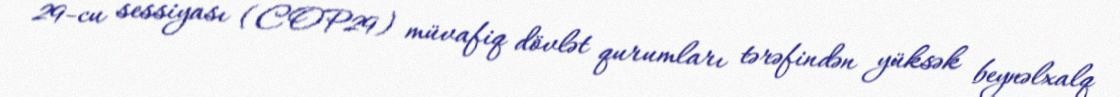
29-cu sessiyası (COP29) müvafiq dövlət qurumları tərəfindən yüksək beynəlxalq